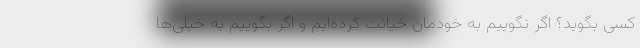
کسی بگوید؟ اگر نگوییم به خودمان خیانت کرده‌ایم و اگر بگوییم به خیلی‌ها